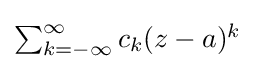
{\textstyle \sum _{k=-\infty }^{\infty }c_{k}(z-a)^{k}}